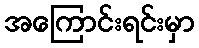
အကြောင်းရင်းမှာ